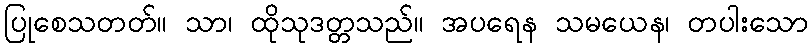
ပြုစေသတတ်။ သာ၊ ထိုသုဒတ္တသည်။ အပရေန သမယေန၊ တပါးသော